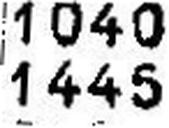
1445